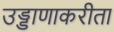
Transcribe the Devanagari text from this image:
उड्डाणाकरीता